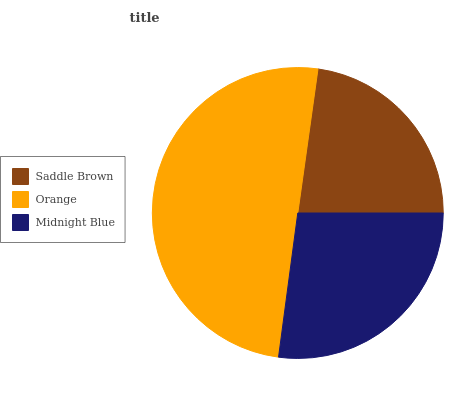
| Saddle Brown | Orange | Midnight Blue |
 | --- | --- | --- |
 | 22.8% | 50.2% | 27.1% |